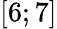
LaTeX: \left[6;7\right]